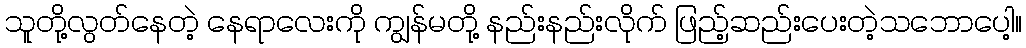
သူတို့လွတ်နေတဲ့ နေရာလေးကို ကျွန်မတို့ နည်းနည်းလိုက် ဖြည့်ဆည်းပေးတဲ့သဘောပေါ့။